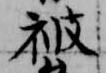
被